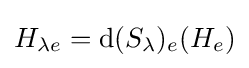
H_{\lambda e}=\mathrm {d} (S_{\lambda })_{e}(H_{e})